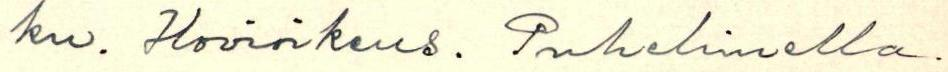
ku. Hovioikeus. Puhelimella.